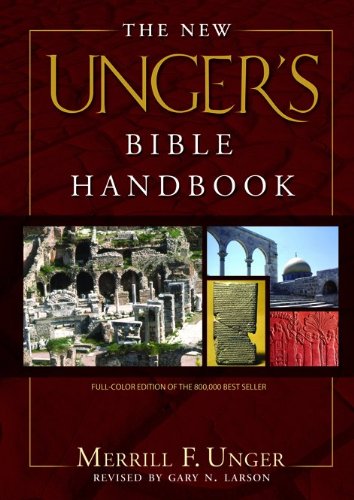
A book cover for The New Unger's Bible Handbook; Merrill F. Unger; Christian Books & Bibles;